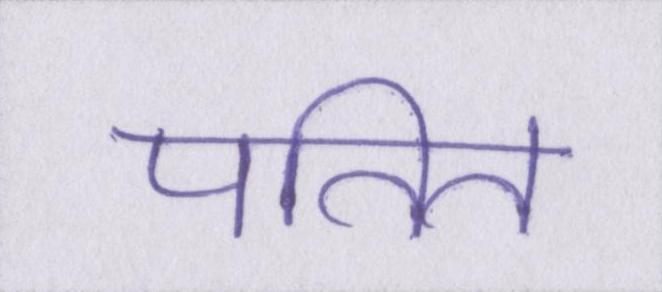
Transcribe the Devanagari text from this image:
पतित